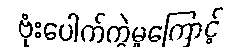
ဗုံးပေါက်ကွဲမှုကြောင့်